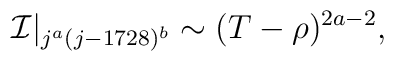
{\cal I}|_{j^a (j-1728)^b} \sim (T-\rho)^{2a - 2},